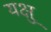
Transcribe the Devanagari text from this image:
यक्षु